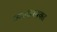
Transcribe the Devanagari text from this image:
व्यवाहरयक्त